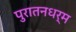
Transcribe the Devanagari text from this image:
पुरातनधर्म